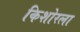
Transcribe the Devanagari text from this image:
किशोरला